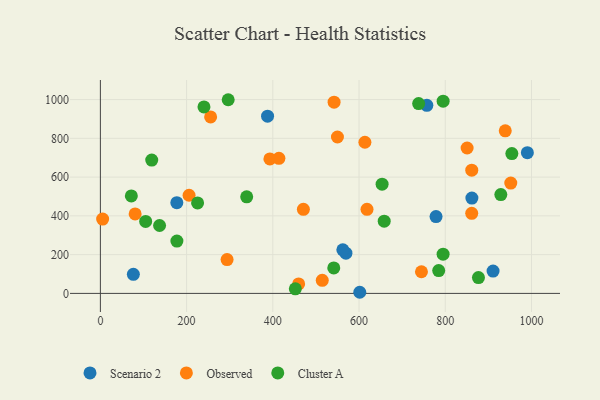
{"axis": {"x": "Investment", "y": "Yield"}, "legend": ["Cluster A", "Observed", "Scenario 2"], "data": [{"x": "778.6", "y": 396.4, "type": "Scenario 2"}, {"x": "387.8", "y": 914.3, "type": "Scenario 2"}, {"x": "990.5", "y": 725.9, "type": "Scenario 2"}, {"x": "177.3", "y": 468.2, "type": "Scenario 2"}, {"x": "76.5", "y": 98.4, "type": "Scenario 2"}, {"x": "910.9", "y": 115.1, "type": "Scenario 2"}, {"x": "569.6", "y": 207.5, "type": "Scenario 2"}, {"x": "861.8", "y": 492.0, "type": "Scenario 2"}, {"x": "562.4", "y": 225.0, "type": "Scenario 2"}, {"x": "757.3", "y": 970.5, "type": "Scenario 2"}, {"x": "601.7", "y": 5.8, "type": "Scenario 2"}, {"x": "850.7", "y": 750.2, "type": "Observed"}, {"x": "5.2", "y": 383.3, "type": "Observed"}, {"x": "470.9", "y": 433.7, "type": "Observed"}, {"x": "205.7", "y": 506.3, "type": "Observed"}, {"x": "393.2", "y": 693.6, "type": "Observed"}, {"x": "80.6", "y": 409.9, "type": "Observed"}, {"x": "613.6", "y": 779.8, "type": "Observed"}, {"x": "542.1", "y": 986.4, "type": "Observed"}, {"x": "459.9", "y": 48.8, "type": "Observed"}, {"x": "514.7", "y": 67.6, "type": "Observed"}, {"x": "255.7", "y": 910.4, "type": "Observed"}, {"x": "549.9", "y": 806.9, "type": "Observed"}, {"x": "414.1", "y": 697.1, "type": "Observed"}, {"x": "618.5", "y": 433.5, "type": "Observed"}, {"x": "293.9", "y": 174.6, "type": "Observed"}, {"x": "861.4", "y": 413.1, "type": "Observed"}, {"x": "952.0", "y": 569.0, "type": "Observed"}, {"x": "939.2", "y": 839.0, "type": "Observed"}, {"x": "861.5", "y": 635.8, "type": "Observed"}, {"x": "744.8", "y": 111.8, "type": "Observed"}, {"x": "71.8", "y": 502.8, "type": "Cluster A"}, {"x": "954.5", "y": 721.4, "type": "Cluster A"}, {"x": "452.2", "y": 23.4, "type": "Cluster A"}, {"x": "877.0", "y": 81.7, "type": "Cluster A"}, {"x": "541.4", "y": 131.5, "type": "Cluster A"}, {"x": "240.3", "y": 961.9, "type": "Cluster A"}, {"x": "119.1", "y": 687.9, "type": "Cluster A"}, {"x": "105.0", "y": 371.2, "type": "Cluster A"}, {"x": "137.3", "y": 350.2, "type": "Cluster A"}, {"x": "225.5", "y": 466.7, "type": "Cluster A"}, {"x": "658.4", "y": 372.8, "type": "Cluster A"}, {"x": "339.4", "y": 498.4, "type": "Cluster A"}, {"x": "784.8", "y": 117.6, "type": "Cluster A"}, {"x": "177.5", "y": 270.0, "type": "Cluster A"}, {"x": "738.3", "y": 979.4, "type": "Cluster A"}, {"x": "795.0", "y": 202.2, "type": "Cluster A"}, {"x": "296.5", "y": 999.2, "type": "Cluster A"}, {"x": "653.5", "y": 563.6, "type": "Cluster A"}, {"x": "795.1", "y": 991.7, "type": "Cluster A"}, {"x": "928.9", "y": 510.1, "type": "Cluster A"}]}